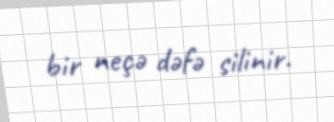
bir neçə dəfə silinir.